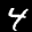
Label: 4